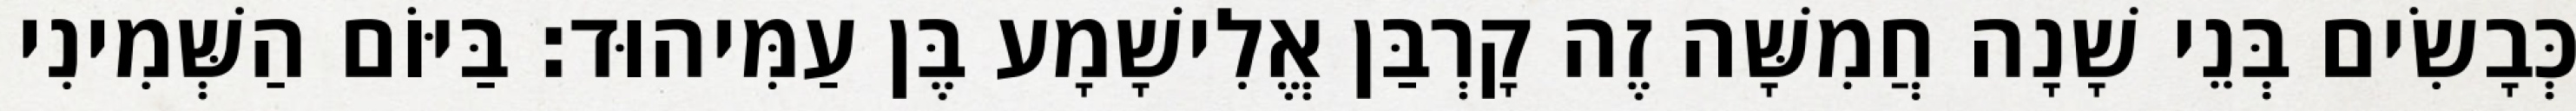
כְּבָשִׂים בְּנֵי שָׁנָה חֲמִשָּׁה זֶה קָרְבַּן אֱלִישָׁמָע בֶּן עַמִּיהוּד׃ בַּיּוֹם הַשְּׁמִינִי